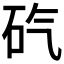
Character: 𥐬